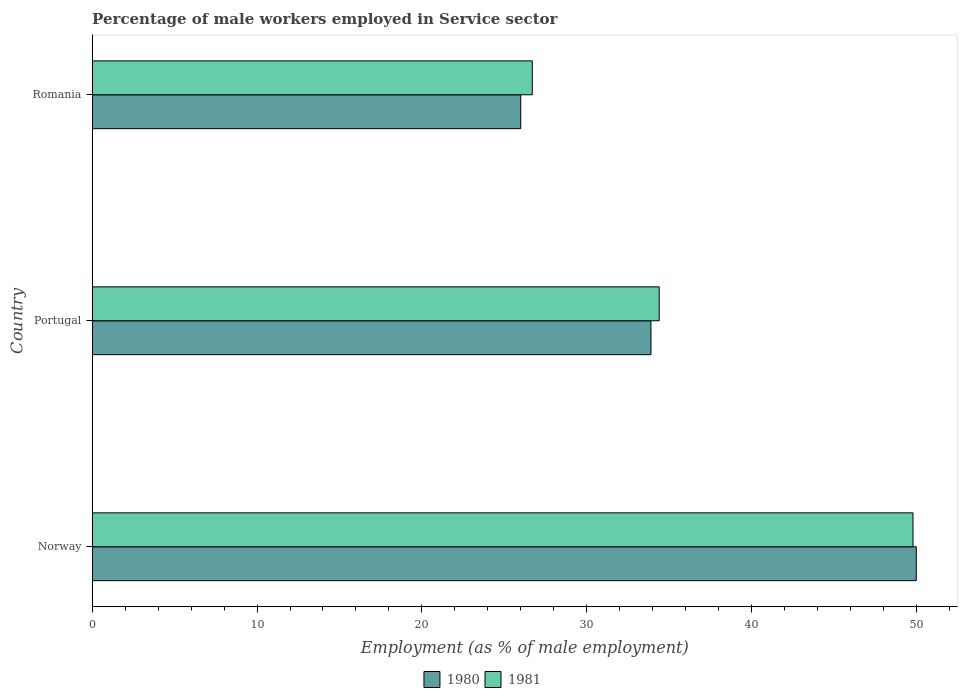
| Country | 1980 | 1981 |
 | --- | --- | --- |
 | Norway | 50 | 49.8 |
 | Portugal | 33.9 | 34.4 |
 | Romania | 26 | 26.7 |